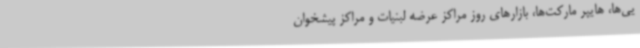
یی‌ها، هایپر مارکت‌ها، بازارهای روز مراکز عرضه لبنیات و مراکز پیشخوان